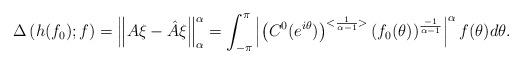
LaTeX: \begin{align*} \Delta\left(h(f_0);f\right)=\left\| {A} \xi- \hat{A} \xi \right\|_\alpha^\alpha =\int_{-\pi}^{\pi} \left|\left(C^0(e^{i\theta}) \right)^{<\frac{1}{\alpha - 1}>} (f_0(\theta))^{\frac{-1}{\alpha - 1}} \right|^{\alpha} f(\theta) d \theta.\end{align*}